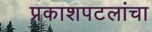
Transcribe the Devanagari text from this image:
प्रकाशपटलांचा